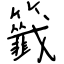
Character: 籤